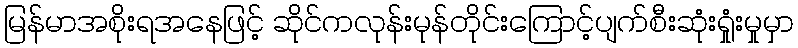
မြန်မာအစိုးရအနေဖြင့် ဆိုင်ကလုန်းမုန်တိုင်းကြောင့်ပျက်စီးဆုံးရှုံးမှုမှာ